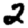
Digit: 2